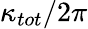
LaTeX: \kappa_{tot}/2\pi